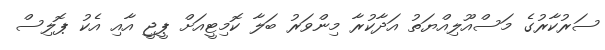
ސަރުކާރުގެ މަސްއޫލިއްޔަތު އަދާކުރާ މިންވަރު ބަލާ ކޮމިޓީއަށް ޕީޖީ އާއި އެކު ޕޮލިސް